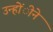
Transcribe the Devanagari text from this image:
उन्होंीने